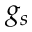
g _ { s }